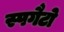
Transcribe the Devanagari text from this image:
स्पगैटो